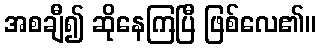
အစချီ၍ ဆိုနေကြပြီ ဖြစ်လေ၏။